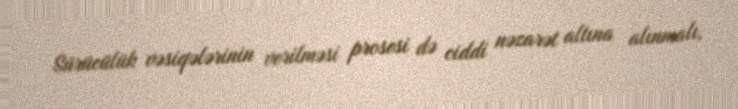
Sürücülük vəsiqələrinin verilməsi prosesi də ciddi nəzarət altına alınmalı,